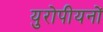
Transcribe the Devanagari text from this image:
युरोपीयनों